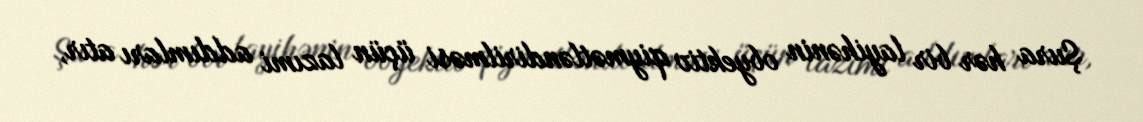
Şura hər bir layihənin obyektiv qiymətləndirilməsi üçün lazımi addımları atır,